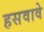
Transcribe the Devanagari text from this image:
हसवावे